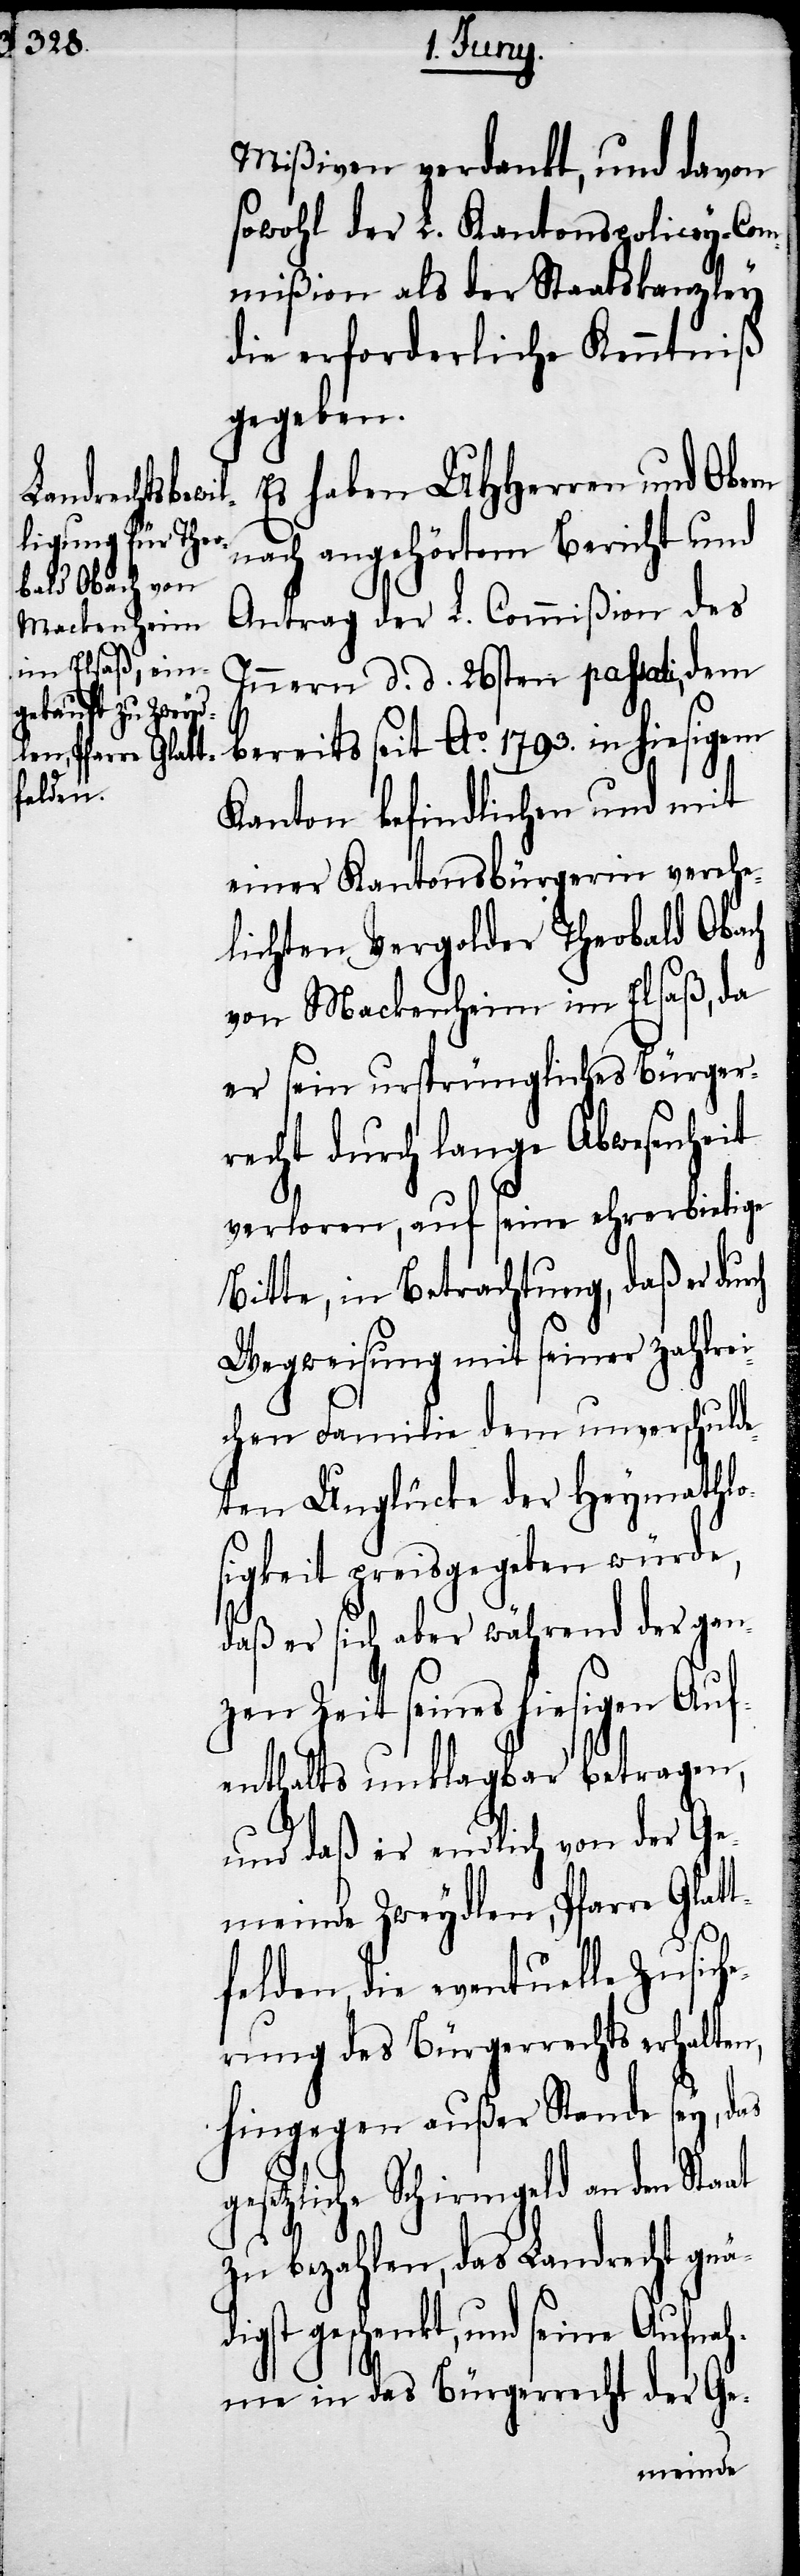
digst ge¬

Mißiven verdankt, und davon
sowohl der L. Kantonspolicey-Com¬
mißion als der Staatskanzley
die erforderliche Kenntniß
gegeben.
Es haben UHHerren und Obern
nach angehörtem Bericht und
Antrag der L. Commißion des
Innern d. d. 26sten passati, dem
bereits seit Ao. 1793. in hiesigem
Kanton befindlichen und mit
einer Kantonsbürgerin verehe¬
lichten Vergolder Theobald Obach
von Mackenheim im Elsaß, da
er sein ursprüngliches Bürger¬
recht durch lange Abwesenheit
verloren, auf seine ehrerbietige
Bitte, in Betrachtung, daß er
Wegweisung mit seiner zahlrei¬
chen Familie dem unverschulde¬
ten Unglücke der Heymathlo¬
sigkeit preisgegeben würde,
daß er sich aber während der gan¬
zen Zeit seines hiesigen Auf¬
enthalts unklagbar betragen,
und daß er endlich von der Ge¬
meinde Zweydlen, Pfarre Glat¬
tfelden, die eventuelle Zusich¬
erung des Bürgerrechts erhalten,
hingegen außer Stande sey, das
gesetzliche Schirmgeld an den Staat
zu bezahlen, das Landrecht gnä¬
schenkt, und seine Aufnah¬
me in das Bürgerrecht der Ge-